Report of the Indian Hemp Drugs Commission, 1894-1895 - Volume V
Year: 1894
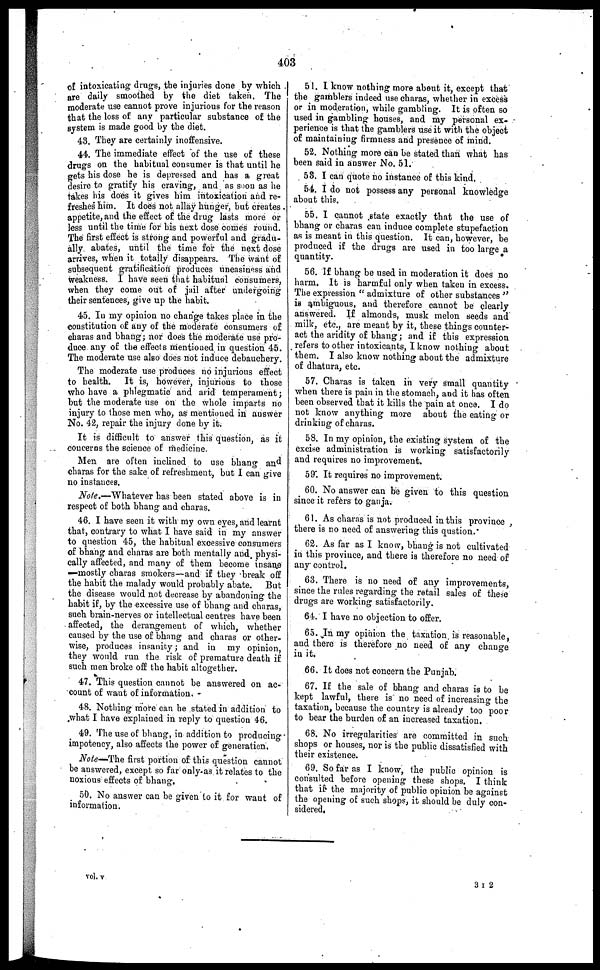
403
of intoxicating drugs, the injuries done by which
are daily smoothed by the diet taken. The
moderate use cannot prove injurious for the reason
that the loss of any particular substance of the
system is made good by the diet.
43. They are certainly inoffensive.
44. The immediate effect of the use of these
drugs on the habitual consumer is that until he
gets his dose he is depressed and has a great
desire to gratify his craving, and as soon as he
takes bis does it gives him intoxication and re-
freshes him. It does not allay hunger, but creates
appetite, and the effect of the drug lasts more or
less until the time for his next dose comes round.
The first effect is strong and powerful and gradu-
ally abates, until the time for the next dose
arrives, when it totally disappears. The want of
subsequent gratification produces uneasiness and
weakness. I have seen that habitual consumers,
when they come out of jail after undergoing
their sentences, give up the habit.
45. In my opinion no change takes place in the
constitution of any of the moderate consumers of
charas and bhang; nor does the moderate use pro-
duce any of the effects mentioned in question 45.
The moderate use also does not induce debauchery.
The moderate use produces no injurious effect
to health. It is, however, injurious to those
who have a phlegmatic and arid temperament;
but the moderate use on the whole imparts no
injury to those men who, as mentioned in answer
No. 42, repair the injury done by it.
It is difficult to answer this question, as it
concerns the science of medicine.
Men are often inclined to use bhang and
charas for the sake of refreshment, but I can give
no instances.
Note.—Whatever has been stated above is in
respect of both bhang and charas.
46. I have seen it with my own eyes, and learnt
that, contrary to what I have said in my answer
to question 45, the habitual excessive consumers
of bhang and charas are both mentally and physi-
cally affected, and many of them become insane
—mostly charas smokers—and if they break off
the habit the malady would probably abate. But
the disease would not decrease by abandoning the
habit if, by the excessive use of bhang and charas,
such brain-nerves or intellectual centres have been
affected, the derangement of which, whether
caused by the use of bhang and charas or other-
wise, produces insanity; and in my opinion,
they would run the risk of premature death if
such men broke off the habit altogether.
47. This question cannot be answered on ac-
count of want of information.
48. Nothing more can he stated in addition to
what I have explained in reply to question 46.
49. The use of bhang, in addition to producing
impotency, also affects the power of generation.
Note—The first portion of this question cannot
be answered, except so far only-as it relates to the
noxious effects of bhang.
50. No answer can be given to it for want of
information.
51. I know nothing more about it, except that
the gamblers indeed use charas, whether in excess
or in moderation, while gambling. It is often so
used in gambling houses, and my personal ex-
perience is that the gamblers use it with the object
of maintaining firmness and presence of mind.
52. Nothing more can be stated than what has
been said in answer No. 51.
58. I can quote no instance of this kind.
54. I do not possess any personal knowledge
about this.
55. I cannot state exactly that the use of
bhang or charas can induce complete stupefaction
as is meant in this question. It can, however, be
produced if the drugs are used in too large a
quantity.
56. If bhang be used in moderation it does no
harm. It is harmful only when taken in excess.
The expression "admixture of other substances"
is ambiguous, and therefore cannot be clearly
answered. If almonds, musk melon seeds and
milk, etc., are meant by it, these things counter-
act the aridity of bhang; and if this expression
refers to other intoxicants, I know nothing about
them. I also know nothing about the admixture
of dhatura, etc.
57. Charas is taken in very small quantity
when there is pain in the stomach, and it has often
been observed that it kills the pain at once. I do
not know anything more about the eating or
drinking of charas.
58. In my opinion, the existing system of the
excise administration is working satisfactorily
and requires no improvement.
59. It requires no improvement.
60. No answer can be given to this question
since it refers to ganja.
61. As charas is not produced in this province
there is no need of answering this qustion.
62. As far as I know, bhang is not cultivated
in this province, and there is therefore no need of
any control.
63. There is no need of any improvements,
since the rules regarding the retail sales of these
drugs are working satisfactorily.
64. I have no objection to offer.
65. In my opinion the taxation is reasonable,
and there is therefore no need of any change
in
66. It does not concern the Punjab.
67. If the sale of bhang and charas is to be
kept lawful, there is no need of increasing the
taxation, because the country is already too poor
to bear the burden of an increased taxation.
68. No irregularities are committed in such
shops or houses, nor is the public dissatisfied with
their existence.
69. So far as I know, the public opinion is
consulted before opening these shops. I think
that if the majority of public opinion be against
the opening of such shops, it should be duly con-
sidered,
vol. v
3 I 2